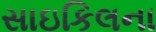
સાઇકિલના